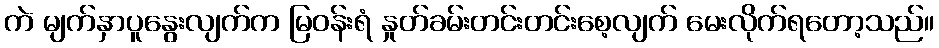
ကဲ မျက်နှာပူနွေးလျက်က မြဝန်းရံ နှုတ်ခမ်းတင်းတင်းစေ့လျက် မေးလိုက်ရတော့သည်။